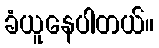
ခံယူနေပါတယ်။